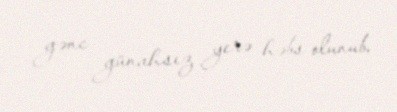
gənc günahsız yerə həbs olunub.